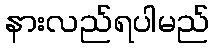
နားလည်ရပါမည်